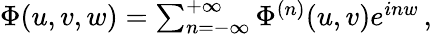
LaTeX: \begin{array}{r}{\Phi(u,v,w)=\sum_{n=-\infty}^{+\infty}\Phi^{(n)}(u,v)e^{inw}\, ,}\end{array}